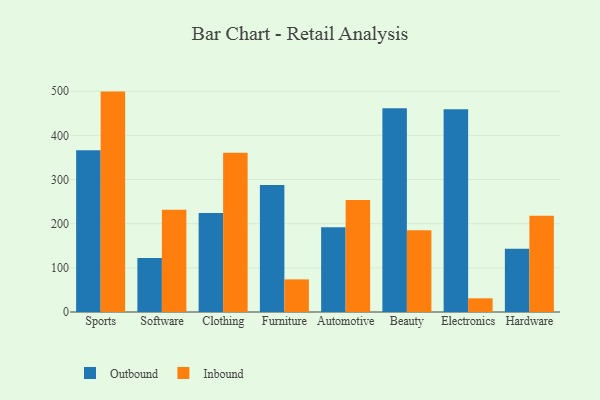
{"axis": {"x": "Category", "y": "Tickets Resolved"}, "legend": ["Inbound", "Outbound"], "data": [{"x": "Sports", "y": 366.1, "type": "Outbound"}, {"x": "Sports", "y": 499.1, "type": "Inbound"}, {"x": "Software", "y": 122.2, "type": "Outbound"}, {"x": "Software", "y": 231.4, "type": "Inbound"}, {"x": "Clothing", "y": 224.2, "type": "Outbound"}, {"x": "Clothing", "y": 360.5, "type": "Inbound"}, {"x": "Furniture", "y": 287.6, "type": "Outbound"}, {"x": "Furniture", "y": 73.9, "type": "Inbound"}, {"x": "Automotive", "y": 191.7, "type": "Outbound"}, {"x": "Automotive", "y": 253.6, "type": "Inbound"}, {"x": "Beauty", "y": 461.5, "type": "Outbound"}, {"x": "Beauty", "y": 185.0, "type": "Inbound"}, {"x": "Electronics", "y": 459.1, "type": "Outbound"}, {"x": "Electronics", "y": 31.0, "type": "Inbound"}, {"x": "Hardware", "y": 143.5, "type": "Outbound"}, {"x": "Hardware", "y": 217.9, "type": "Inbound"}]}